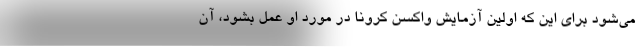
می‌شود برای این که اولین آزمایش واکسن کرونا در مورد او عمل بشود، آن